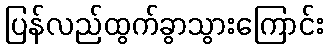
ပြန်လည်ထွက်ခွာသွားကြောင်း